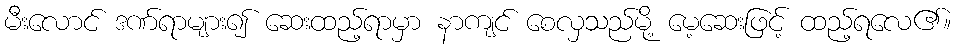
မီးလောင် ဒဏ်ရာများ၍ ဆေးထည့်ရာမှာ နာကျင် စေလှသည်မို့ မေ့ဆေးဖြင့် ထည့်ရလေ၏။